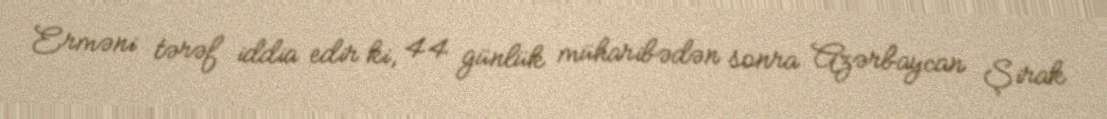
Erməni tərəf iddia edir ki, 44 günlük müharibədən sonra Azərbaycan Şirak